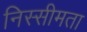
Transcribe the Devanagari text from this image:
निस्सीमता